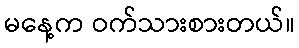
မနေ့က ဝက်သားစားတယ်။